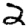
Digit: 2